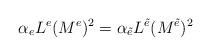
LaTeX: \begin{align*}\alpha_eL^e(M^e)^2=\alpha_{\tilde{e}}L^{\tilde{e}}(M^{\tilde{e}})^2\end{align*}